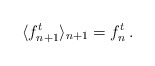
\begin{align*} \langle f_{n+1}^t \rangle_{n+1}=f_n^t\, .\end{align*}